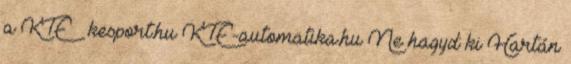
a KTE – kesport.hu KTE-automatika.hu Ne hagyd ki Hartán